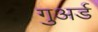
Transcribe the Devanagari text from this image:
गुअर्ड